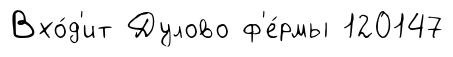
Вхо́д'ит Дулово ф'е́рмы 120147